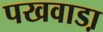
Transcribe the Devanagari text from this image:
पखवाडा़